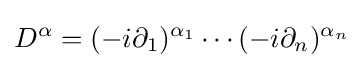
D^{\alpha }=(-i\partial _{1})^{\alpha _{1}}\cdots (-i\partial _{n})^{\alpha _{n}}